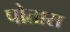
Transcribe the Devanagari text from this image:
पोतारा